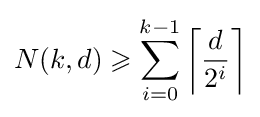
N(k,d)\geqslant \sum _{i=0}^{k-1}\left\lceil {\frac {d}{2^{i}}}\right\rceil